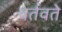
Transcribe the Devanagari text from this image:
वर्तवते